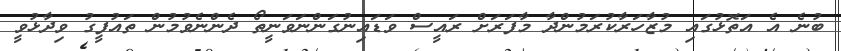
ބުނެ އެ އަތޮޅުގައި މުޒާހަރާކުރަމުންދާ މާފަރަށް ރައީސް ވަޑައިނުގަންނަވަނީތޯ ދެންނެވުމުން ތައުފީގު ވިދާޅުވީ